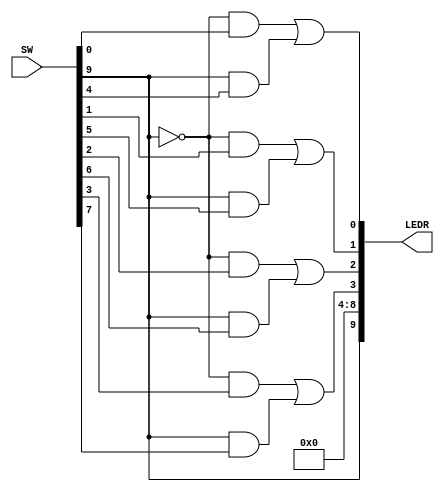
module part2 (SW, LEDR);
	input [9:0] SW;				// slide switches
	output [9:0] LEDR;			// red LEDs

	wire s;
	wire [3:0] X, Y, M;
	

	assign X = SW[3:0];
	assign Y = SW[7:4];
	assign s = SW[9];

	assign M[0] = (~s & X[0]) | (s & Y[0]);
	assign M[1] = (~s & X[1]) | (s & Y[1]);
	assign M[2] = (~s & X[2]) | (s & Y[2]);
	assign M[3] = (~s & X[3]) | (s & Y[3]);
	
	assign LEDR[9] = s;
	assign LEDR[8:4] = 5'b0;
	assign LEDR[3:0] = M;
endmodule